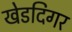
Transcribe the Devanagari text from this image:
खेडदिगर